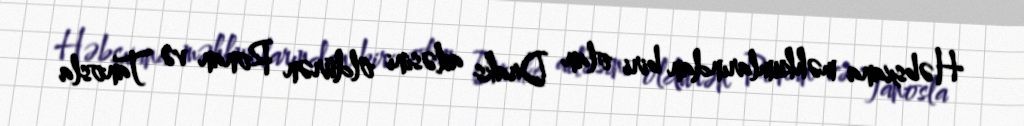
Həbsxana məhkumlarından biri olan Draks ailəsini öldürən Ronan və Tanosla